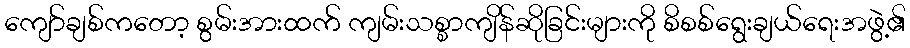
ကျော်ချစ်ကတော့ စွမ်းအားထက် ကျမ်းသစ္စာကျိန်ဆိုခြင်းများကို စိစစ်ရွေးချယ်ရေးအဖွဲ့၏